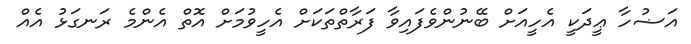
އަޟުހާ ޢީދަކީ އެހީއަށް ބޭނުންވެފައިވާ ފަރާތްތަކަށް އެހީވުމަށް އޮތް އެންމެ ރަނގަޅު އެއް